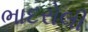
ભાદરોલી